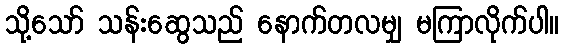
သို့သော် သန်းဆွေသည် နောက်တလမျှ မကြာလိုက်ပါ။